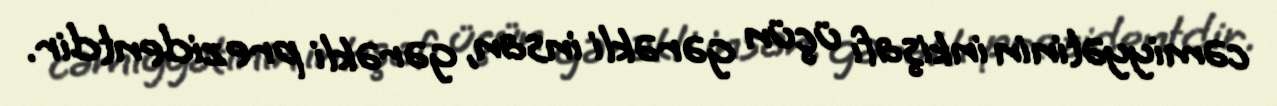
cəmiyyətinin inkişafı üçün gərəkli insan, gərəkli prezidentdir.